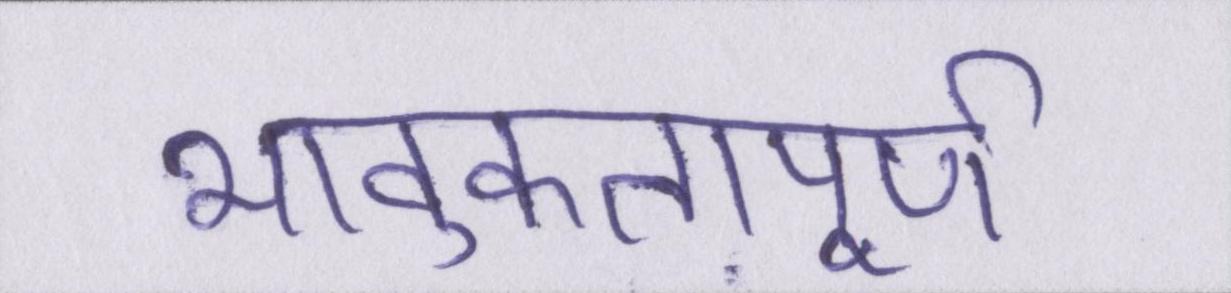
भावुकतापूर्ण